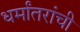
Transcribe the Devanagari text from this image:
धर्मांतरांची